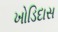
ખોડિદાસ